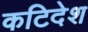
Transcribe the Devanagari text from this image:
कटिदेश